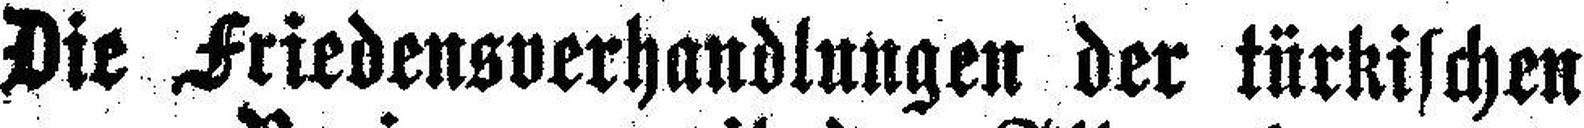
Die Friedensverhandlungen der türkischen